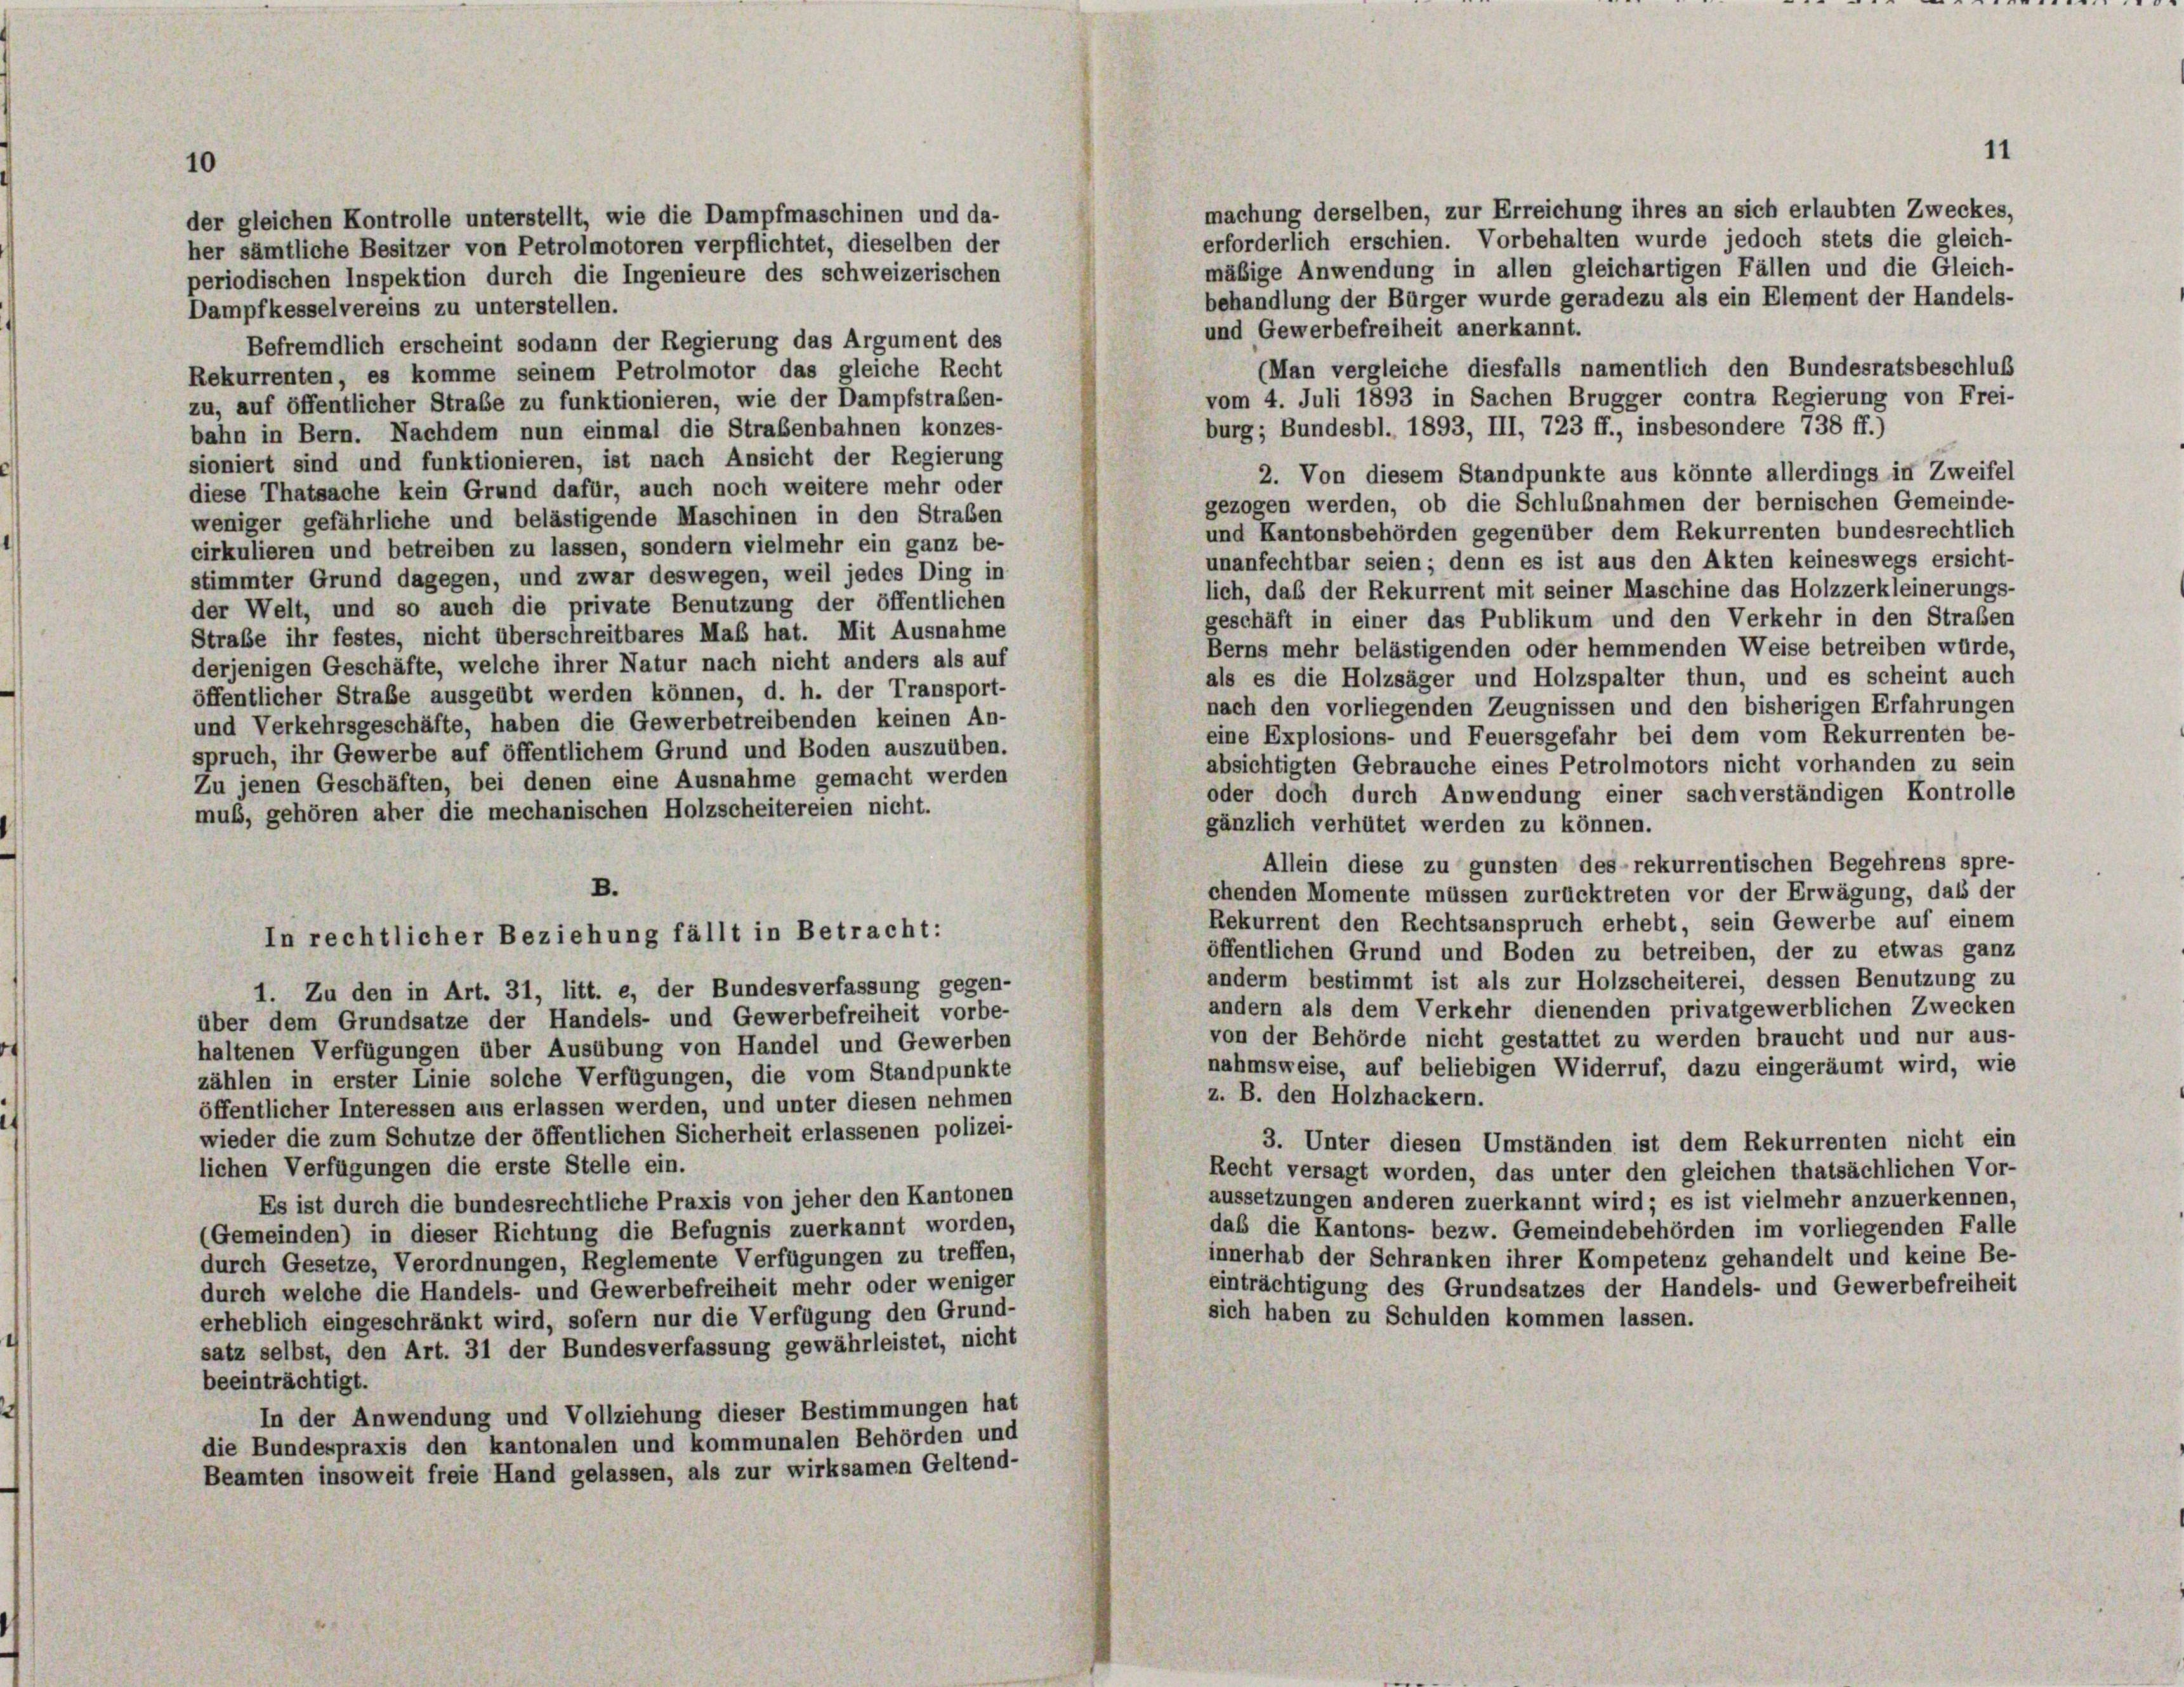
10

machung derselben, zur Erreichung ihres an sich erlaubten Zweckes,
der gleichen Kontrolle unterstellt, wie die Dampfmaschinen und da-
erforderlich erschien. Vorbehalten wurde jedoch stets die gleich-
her sämtliche Besitzer von Petrolmotoren verpflichtet, dieselben der
mäßige Anwendung in allen gleichartigen Fällen und die Gleich-
periodischen Inspektion durch die Ingenieure des schweizerischen
behandlung der Bürger wurde geradezu als ein Element der Handels-
Dampfkesselvereins zu unterstellen.
und Gewerbefreiheit anerkannt.
Befremdlich erscheint sodann der Regierung das Argument des
(Man vergleiche diesfalls namentlich den Bundesratsbeschluß
Rekurrenten, es komme seinem Petrolmotor das gleiche Recht
vom 4. Juli 1893 in Sachen Brugger contra Regierung von Frei-
zu, auf öffentlicher Strafe zu funktionieren, wie der Dampfstraben-
burg; Bundesbl. 1893, III, 723 ff., insbesondere 738 ff.)
bahn in Bern. Nachdem nun einmal die Straßenbahnen konzes-
sioniert sind und funktionieren, ist nach Ansicht der Regierung
2. Von diesem Standpunkte aus könnte allerdings in Zweifel
diese Thatsache kein Grund dafür, auch noch weitere mehr oder
gezogen werden, ob die Schlußnahmen der bernischen Gemeinde-
weniger gefährliche und belästigende Maschinen in den Straben
und Kantonsbehörden gegenüber dem Rekurrenten bundesrechtlich
cirkulieren und betreiben zu lassen, sondern vielmehr ein ganz be-
unanfechtbar seien; denn es ist aus den Akten keineswegs ersicht-
stimmter Grund dagegen, und zwar deswegen, weil jedes Ding in
lich, daß der Rekurrent mit seiner Maschine das Holzzerkleinerungs-
der Welt, und so auch die private Benutzung der öffentlichen
geschäft in einer das Publikum und den Verkehr in den Straßen
Straße ihr festes, nicht überschreitbares Maß hat. Mit Ausnahme
Berns mehr belästigenden oder hemmenden Weise betreiben würde,
derjenigen Geschäfte, welche ihrer Natur nach nicht anders als auf
als es die Holzsäger und Holzspalter thun, und es scheint auch
öffentlicher Straße ausgeübt werden können, d. h. der Transport-
nach den vorliegenden Zeugnissen und den bisherigen Erfahrungen
und Verkehrsgeschäfte, haben die Gewerbetreibenden keinen An-
eine Explosions- und Feuersgefahr bei dem vom Rekurrenten be-
spruch, ihr Gewerbe auf öffentlichem Grund und Boden auszuüben.
absichtigten Gebrauche eines Petrolmotors nicht vorhanden zu sein
Zu jenen Geschäften, bei denen eine Ausnahme gemacht werden
oder doch durch Anwendung einer sachverständigen Kontrolle
mus, gehören aber die mechanischen Holzscheitereien nicht.
gänzlich verhütet werden zu können.
Allein diese zu gunsten des rekurrentischen Begehrens spre-
B.
chenden Momente müssen zurücktreten vor der Erwägung, daß der
Rekurrent den Rechtsanspruch erhebt, sein Gewerbe auf einem
In rechtlicher Beziehung fällt in Betracht:
öffentlichen Grund und Boden zu betreiben, der zu etwas ganz
anderm bestimmt ist als zur Holzscheiterei, dessen Benutzung zu
1. Zu den in Art. 31, litt. e, der Bundesverfassung gegen-
andern als dem Verkehr dienenden privatgewerblichen Zwecken
über dem Grundsätze der Handels- und Gewerbefreiheit vorbe-
von der Behörde nicht gestattet zu werden braucht und nur aus-
haltenen Verfügungen über Ausübung von Handel und Gewerben
nahmsweise, auf beliebigen Widerruf, dazu eingeräumt wird, wie
zählen in erster Linie solche Verfügungen, die vom Standpunkte
z. B. den Holzhackern.
öffentlicher Interessen aus erlassen werden, und unter diesen nehmen
wieder die zum Schutze der öffentlichen Sicherheit erlassenen polizei-
3. Unter diesen Umständen ist dem Rekurrenten nicht ein
lichen Verfügungen die erste Stelle ein.
Recht versagt worden, das unter den gleichen thatsächlichen Vor-
aussetzungen anderen zuerkannt wird; es ist vielmehr anzuerkennen,
Es ist durch die bundesrechtliche Praxis von jeher den Kantonen
das die Kantons- bezw. Gemeindebehörden im vorliegenden Falle
(Gemeinden) in dieser Richtung die Befugnis zuerkannt worden,
innerhab der Schranken ihrer Kompetenz gehandelt und keine Be-
durch Gesetze, Verordnungen, Reglemente Verfügungen zu treffen,
einträchtigung des Grundsatzes der Handels- und Gewerbefreiheit
durch welche die Handels- und Gewerbefreiheit mehr oder weniger
sich haben zu Schulden kommen lassen.
erheblich eingeschränkt wird, sofern nur die Verfügung den Grund-
satz selbst, den Art. 31 der Bundesverfassung gewährleistet, nicht
beeinträchtigt.
In der Anwendung und Vollziehung dieser Bestimmungen hat
die Bundespraxis den kantonalen und kommunalen Behörden und
Beamten insoweit freie Hand gelassen, als zur wirksamen Geltend-

11